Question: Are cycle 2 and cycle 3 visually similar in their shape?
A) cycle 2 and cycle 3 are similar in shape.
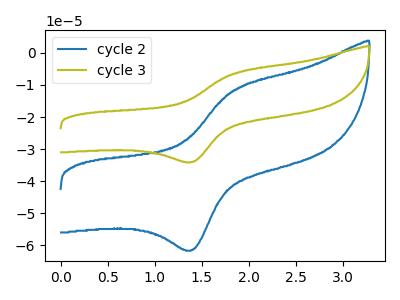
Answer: <think>The blue curve "cycle 2" has an anodic peak at (1.85V, -11.70uA) and a cathodic peak at (1.40V, -61.50uA). The olive curve "cycle 3" has an anodic peak at (1.85V, -6.45uA) and a cathodic peak at (1.40V, -34.00uA).
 All the peaks in "cycle 2" have a peak in "cycle 3" at the same potential.</think>
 <answer>A) "cycle 2" and "cycle 3" are similar in shape.</answer>
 <eval>A</eval>